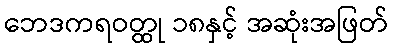
ဘေဒကရဝတ္ထု ၁၈နှင့် အဆုံးအဖြတ်